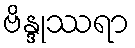
ဗိန္ဒုဿရာ